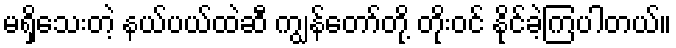
မရှိသေးတဲ့ နယ်ပယ်ထဲဆီ ကျွန်တော်တို့ တိုးဝင် နိုင်ခဲ့ကြပါတယ်။